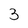
Character: 3